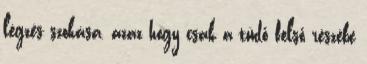
légzés szokása, azaz hogy csak a tüdő felső részébe